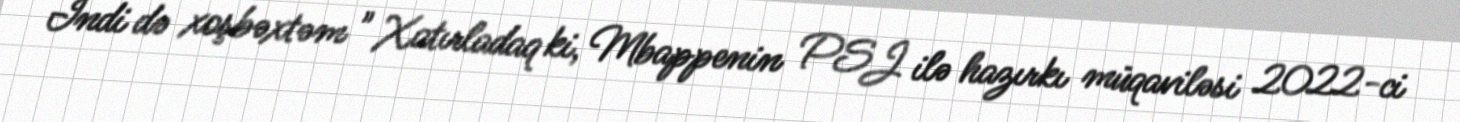
İndi də xoşbəxtəm " Xatırladaq ki, Mbappenin PSJ ilə hazırkı müqaviləsi 2022-ci